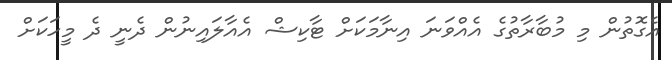
އެގޮތުން މި މުބާރާތުގެ އެއްވަނަ އިނާމަކަށް ޓާކިޝް އެއާލައިނުން ދެނީ ދެ މީހަކަށް